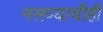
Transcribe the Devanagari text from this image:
नसण्याचीही